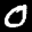
Label: 0